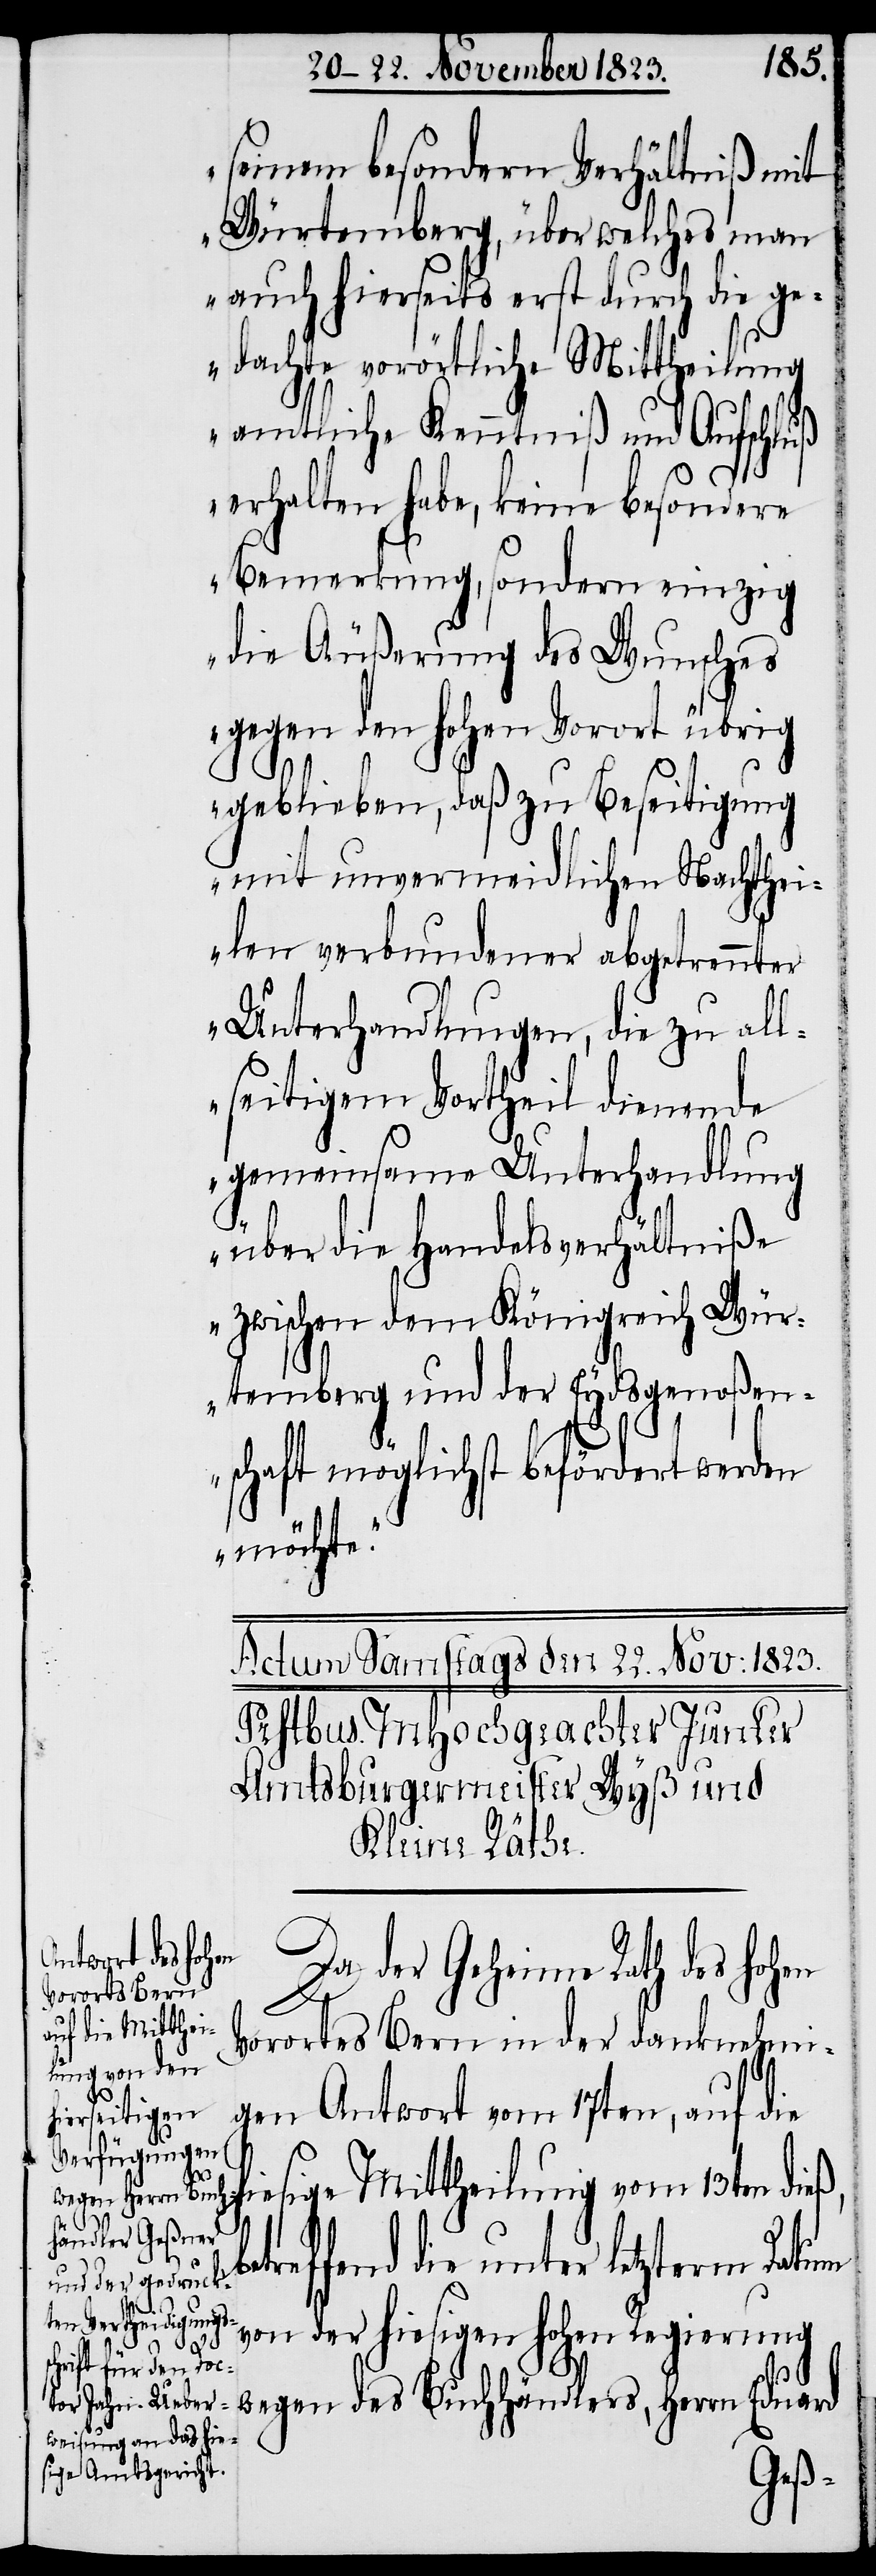
rd

seinem besondern Verhältniß mit
Würtemberg, über welches man
auch hierseits erst durch die ge¬
dachte vorörtliche Mittheilung
amtliche Kenntniß und Aufschluß
erhalten habe, keine besondere
Bemerkung, sondern einzig
die Äußerung des Wunsches
gegen den hohen Vorort übrig
geblieben, daß zu Beseitigung
mit unvermeidlichen Nachthei¬
len verbundener abgetrennter
Unterhandlungen, die zu all¬
seitigem Vortheil dienende
gemeinsame Unterhandlung
be¬
über die Handelsverhältniße
zwischen dem Königreich Wür¬
temberg und der Eydsgenoßen¬
schaft möglichst befördert werden
möchte.“
Da der Geheime Rath des hohen
Vorortes Bern in der danknehmi¬
gen Antwort vom 17ten, auf die
hiesige Mittheilung vom 13ten dieß,
treffend die unter letzterm Datum
von der hiesigen hohen Regierung
wegen des Buchhändlers, Herrn Edua¬